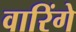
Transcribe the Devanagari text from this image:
वारिंगे